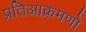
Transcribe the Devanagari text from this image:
प्रतिआक्रमणो